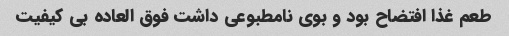
طعم غذا افتضاح بود و بوی نامطبوعی داشت فوق العاده بی کیفیت